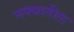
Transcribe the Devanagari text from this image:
नफ्यातील